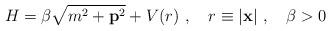
LaTeX: \begin{align*}H=\beta\sqrt{m^2+{\bf p}^2}+V(r)\ ,\quad r\equiv|{\bf x}|\ ,\quad\beta>0\,\end{align*}